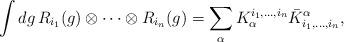
LaTeX: \begin{align*}\int dg \, R_{i_1}(g)\otimes \cdots \otimes R_{i_n}(g)= \sum_\alpha K_\alpha ^{i_1,\ldots,i_n} {\bar{K}^\alpha}_{i_1,\ldots,i_n},\end{align*}